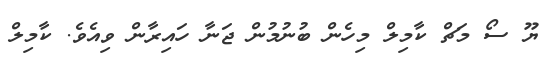
ޔޫ ސޯ މަޗް ކާމިލް މިހެން ބުނުމުން ޖަނާ ހައިރާން ވިއެވެ. ކާމިލް